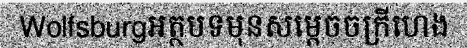
Wolfsburgអត្ថបទមុនសម្តេចចក្រីហេង